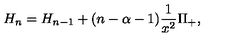
H _ { n } = H _ { n - 1 } + ( n - \alpha - 1 ) \frac { 1 } { x ^ { 2 } } \Pi _ { + } ,